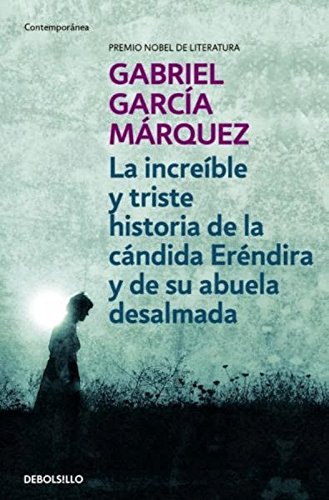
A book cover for LA INCREIBLE Y TRISTE HISTORIA; MARQUEZ GABRIEL GARC; Health, Fitness & Dieting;